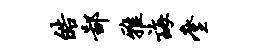
皓鄙雅诲麈